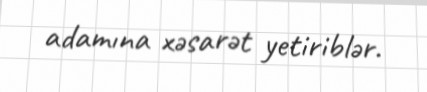
adamına xəsarət yetiriblər.